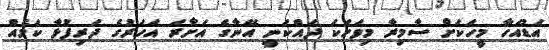
އަޑުއަހާ މީހަކަށް ސާމިރާ މިވަހަކަ ދައްކަނީ އޭނާގެ އަށާރަ އަހަރުގެ ދަރިފުޅާ ކަމެއް